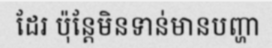
ដែរ ប៉ុន្តែមិនទាន់មានបញ្ហា